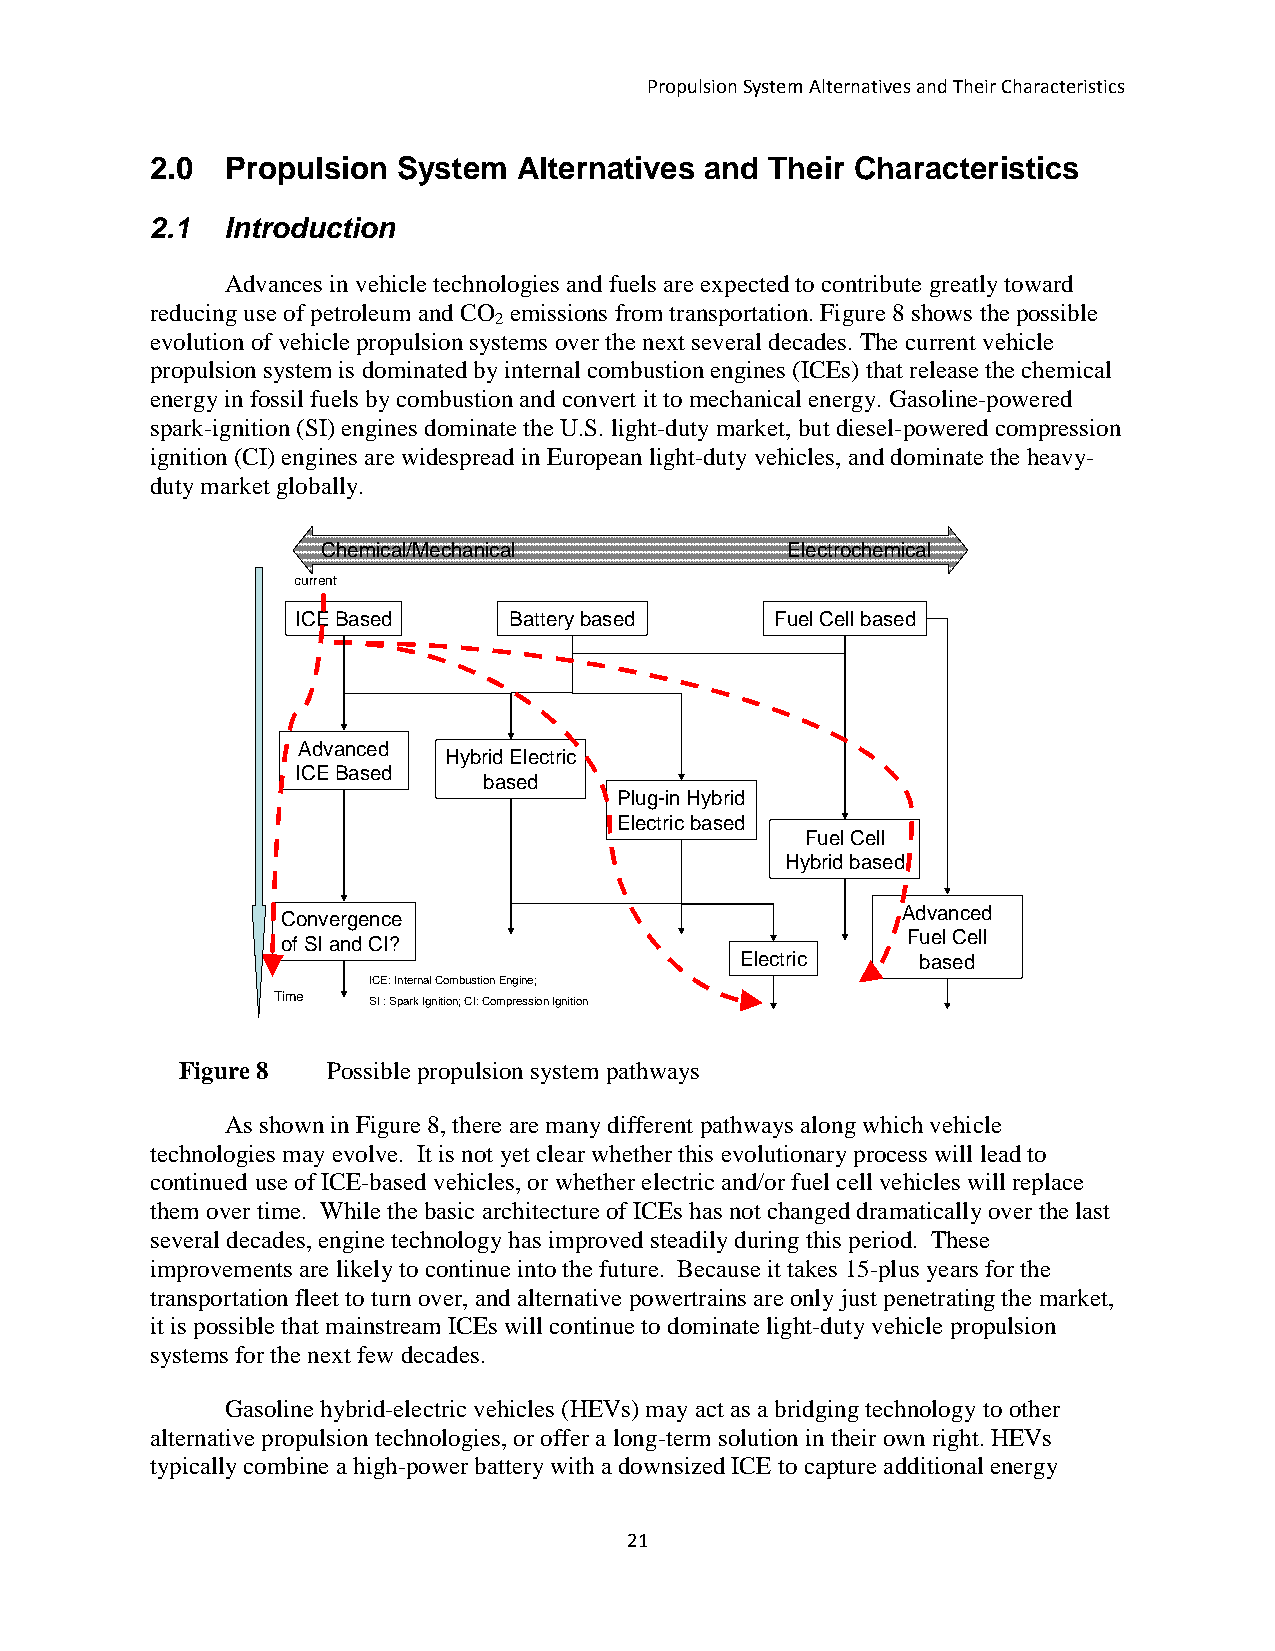
Propulsion System Alternatives and Their Characteristics
 2.0  Propulsion System  Alternatives and Their Characteristics
 2.1  Introduction
 Advances in vehicle technologies and fuels are expected to contribute greatly toward
 reducing use of petroleum and CO emissions from transportation. Figure 8 shows the possible
 2
 evolution of vehicle propulsion systems over the next several decades. The current vehicle
 propulsion system is dominated by internal combustion engines (ICEs) that release the chemical
 energy in fossil fuels by combustion and convert it to mechanical energy. Gasoline-powered
 spark-ignition (SI) engines dominate the U.S. light-duty market, but diesel-powered compression
 ignition (CI) engines are widespread in European light-duty vehicles, and dominate the heavy-
 duty market globally.
 CChheemmiiccaall//MMeecchhaanniiccaall EElleeccttrroocchheemmiiccaall
 current
 ICE Based     Battery based    Fuel Cell based
 Advanced
 Hybrid Electric
 ICE Based
 based
 Plug-in Hybrid
 Electric based
 Fuel Cell
 Hybrid based
 Advanced
 Convergence
 Fuel Cell
 of SI and CI?
 Electric    based
 ICE: Internal Combustion Engine;
 Time  SI : Spark Ignition; CI: Compression Ignition
 Figure 8  Possible propulsion system pathways
 As shown in Figure 8, there are many different pathways along which vehicle
 technologies may evolve. It is not yet clear whether this evolutionary process will lead to
 continued use of ICE-based vehicles, or whether electric and/or fuel cell vehicles will replace
 them over time. While the basic architecture of ICEs has not changed dramatically over the last
 several decades, engine technology has improved steadily during this period. These
 improvements are likely to continue into the future. Because it takes 15-plus years for the
 transportation fleet to turn over, and alternative powertrains are only just penetrating the market,
 it is possible that mainstream ICEs will continue to dominate light-duty vehicle propulsion
 systems for the next few decades.
 Gasoline hybrid-electric vehicles (HEVs) may act as a bridging technology to other
 alternative propulsion technologies, or offer a long-term solution in their own right. HEVs
 typically combine a high-power battery with a downsized ICE to capture additional energy
 21